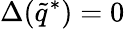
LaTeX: \Delta(\tilde{q}^{*})=0